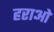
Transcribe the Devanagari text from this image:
हराओ